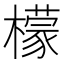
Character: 檬